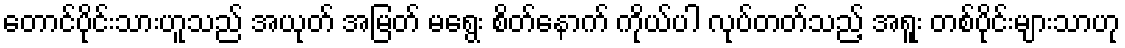
တောင်ပိုင်းသားဟူသည် အယုတ် အမြတ် မရွေး စိတ်နောက် ကိုယ်ပါ လုပ်တတ်သည့် အရူး တစ်ပိုင်းများသာဟု